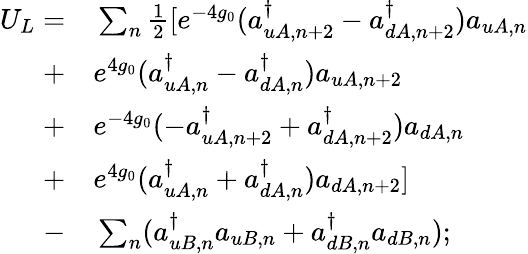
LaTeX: \begin{array}{rl}{U_{L}=}&{{}\sum_{n}\frac{1}{2}[e^{-4g_{0}}(a_{uA,n+2}^{\dagger}-a_{dA,n+2}^{\dagger})a_{uA,n}}\\ {+}&{{}e^{4g_{0}}(a_{uA,n}^{\dagger}-a_{dA,n}^{\dagger})a_{uA,n+2}}\\ {+}&{{}e^{-4g_{0}}(-a_{uA,n+2}^{\dagger}+a_{dA,n+2}^{\dagger})a_{dA,n}}\\ {+}&{{}e^{4g_{0}}(a_{uA,n}^{\dagger}+a_{dA,n}^{\dagger})a_{dA,n+2}]}\\ {-}&{{}\sum_{n}(a_{uB,n}^{\dagger}a_{uB,n}+a_{dB,n}^{\dagger}a_{dB,n});}\end{array}